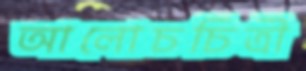
আলোচচিত্রী